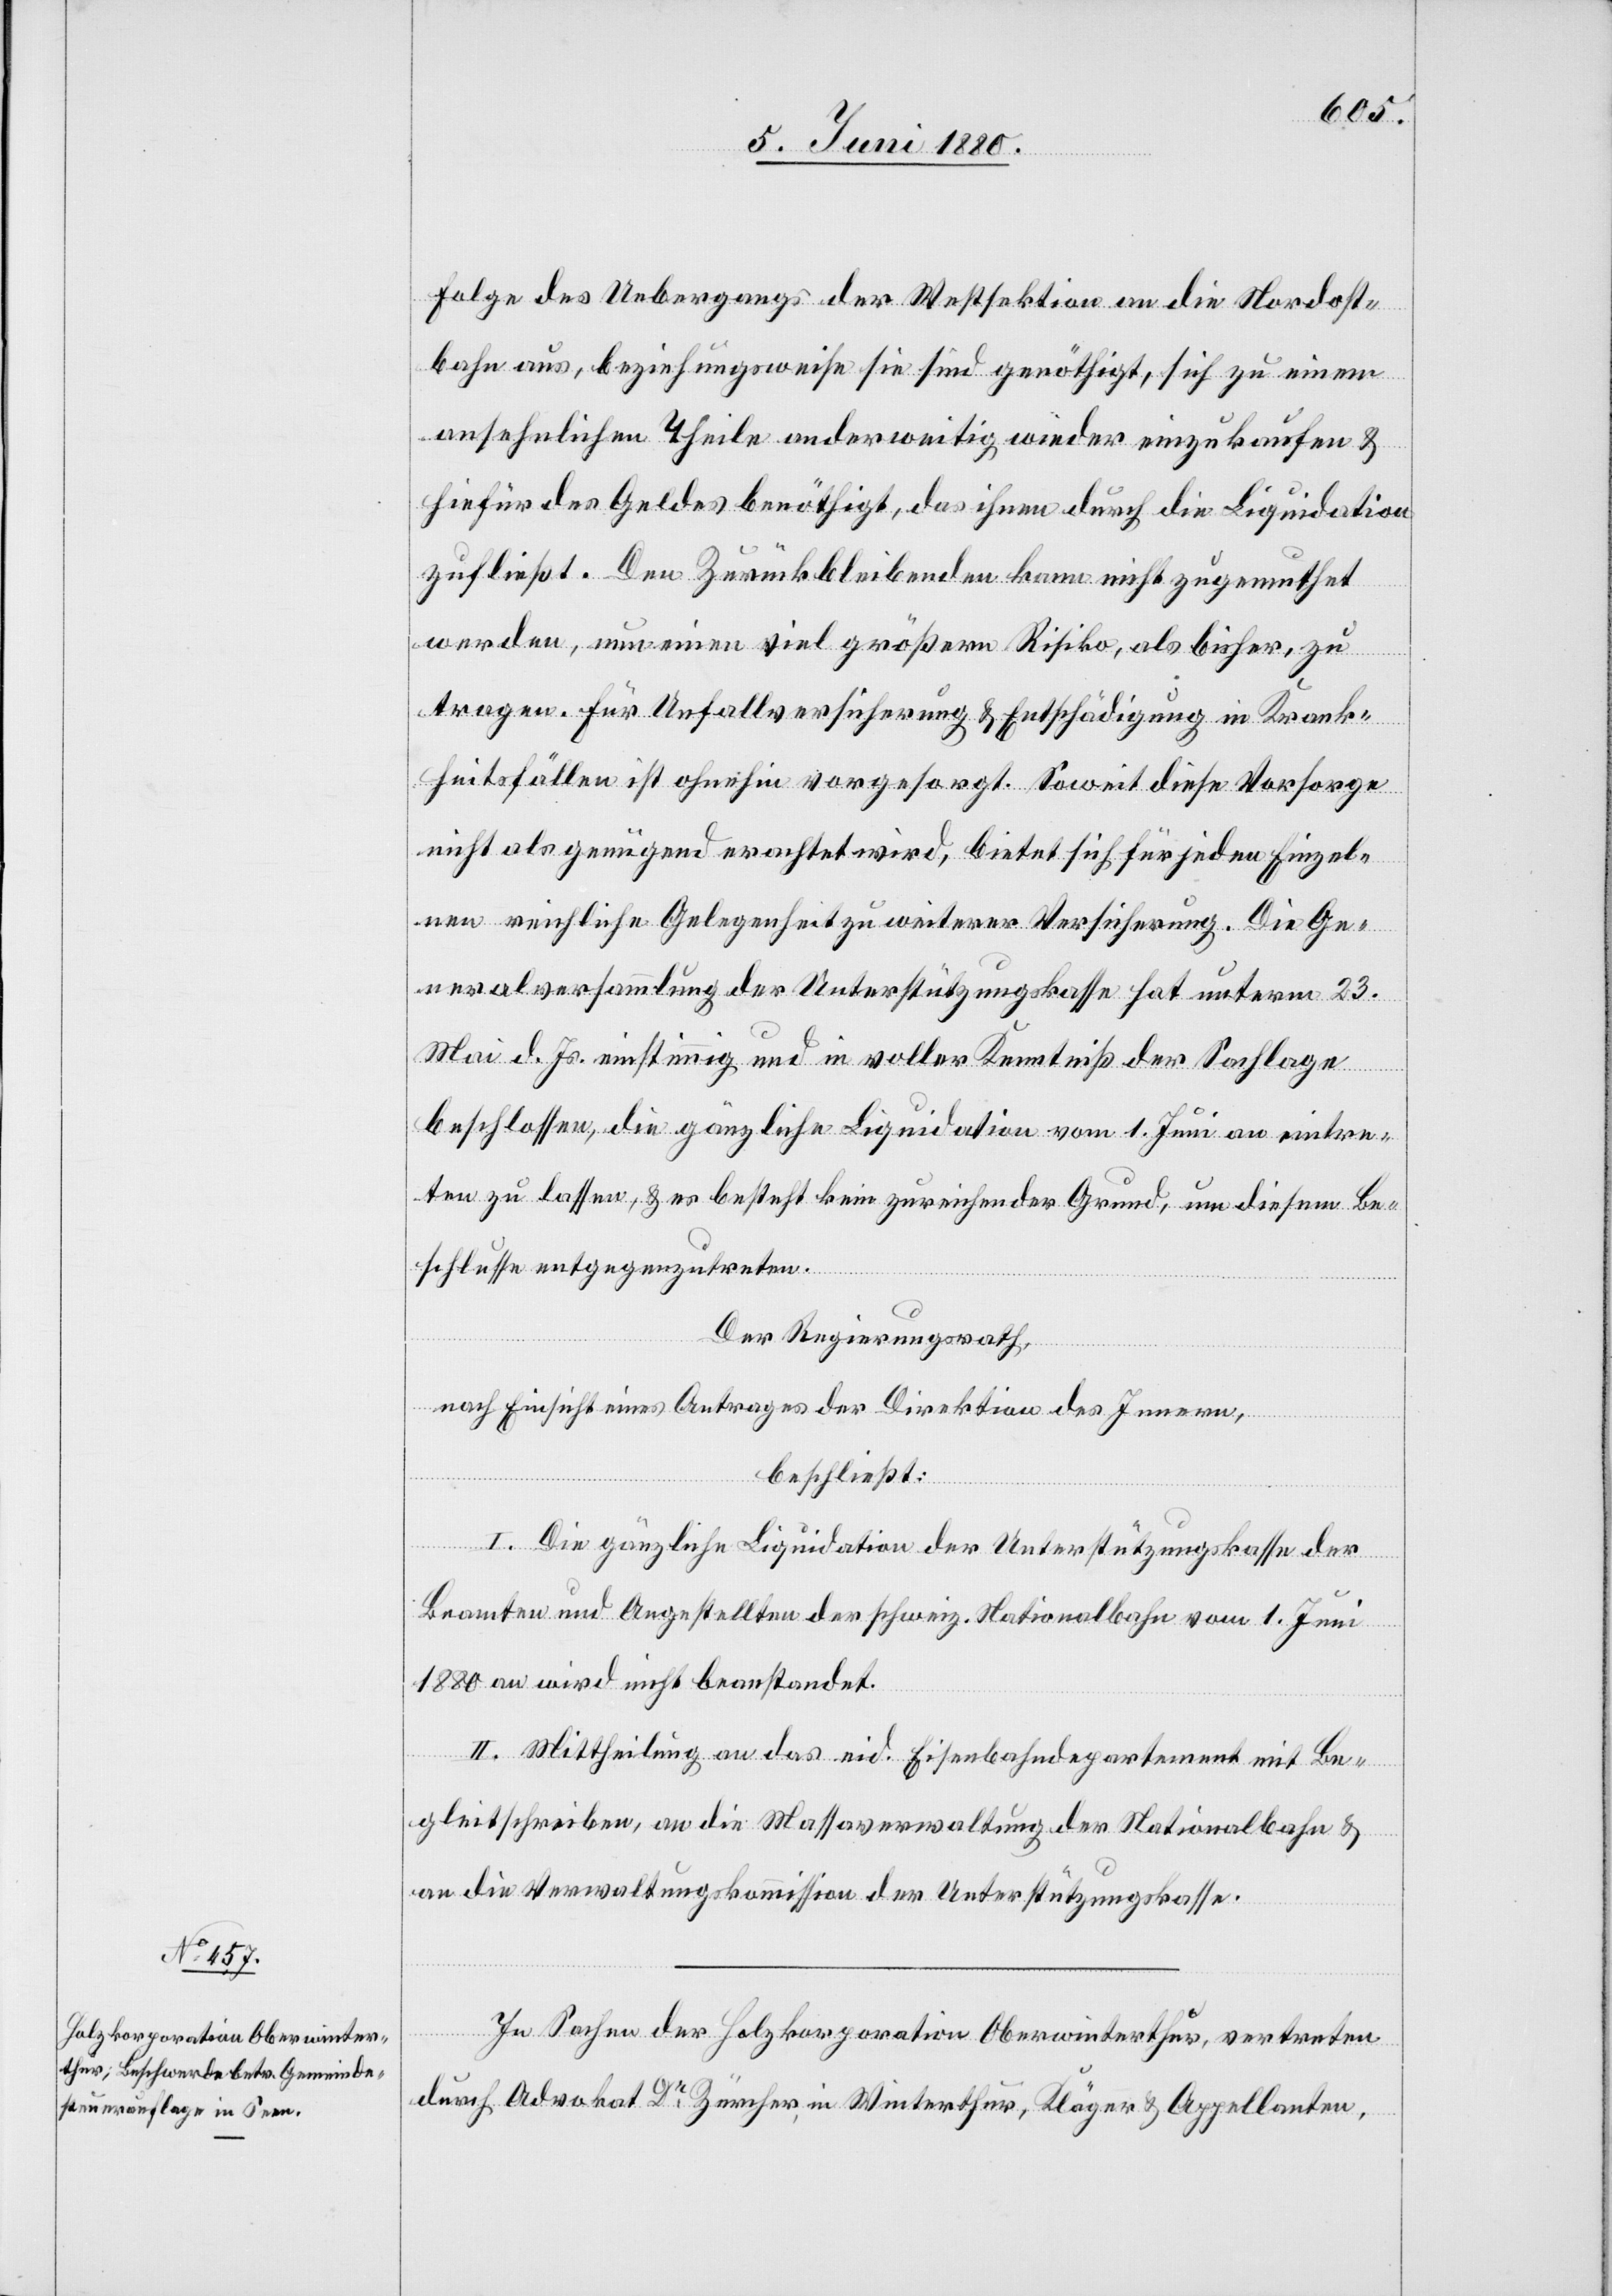
Folge des Uebergangs der Westsektion an die Nordost¬
bahn aus, beziehungsweise sie sind genöthigt, sich zu einem
ansehnlichen Theile anderweitig wieder einzukaufen &
hiefür des Geldes benöthigt, das ihnen durch die Liquidation
zufließt. Den Zurückbleibenden kann nicht zugemuthet
werden, nun einen viel größern Risiko, als bisher, zu
tragen. Für Unfallversicherung & Entschädigung in Krank¬
heitsfällen ist ohnehin vorgesorgt. Soweit diese Vorsorge
nicht als genügend erachtet wird, bietet sich für jeden Einzel¬
nen reichliche Gelegenheit zu weiterer Versicherung. Die Ge¬
neralversammlung der Unterstützungskasse hat unterm 23.
Mai d. Js. einstimmig und in voller Kenntniß der Sachlage
beschlossen, die gänzliche Liquidation vom 1. Juni an eintre¬
ten zu lassen, & es besteht kein zureichender Grund, um diesem Be¬
schlusse entgegenzutreten.
Der Regierungsrath;
nach Einsicht eines Antrages der Direktion des Innern,
beschließt:
I. Die gänzliche Liquidation der Unterstützungskasse der
Beamten und Angestellten der schweiz. Nationalbahn vom 1. Juni
1880 an wird nicht beanstandet.
II. Mittheilung an das eid. Eisenbahndepartement mit Be¬
gleitschreiben, an die Massaverwaltung der Nationalbahn &
an die Verwaltungskommission der Unterstützungskasse.
In Sachen der Holzkorporation Oberwinterthur, vertreten
durch Advokat Dr Zürcher in Winterthur, Kläger & Appellanten,